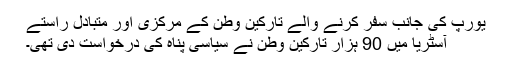
یورپ کی جانب سفر کرنے والے تارکین وطن کے مرکزی اور متبادل راستے
آسٹریا میں 90 ہزار تارکین وطن نے سیاسی پناہ کی درخواست دی تھی۔